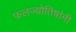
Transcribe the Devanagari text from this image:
फलज्योतिषांनी